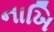
નાખિ